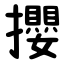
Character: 攖